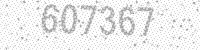
Solution: 607367